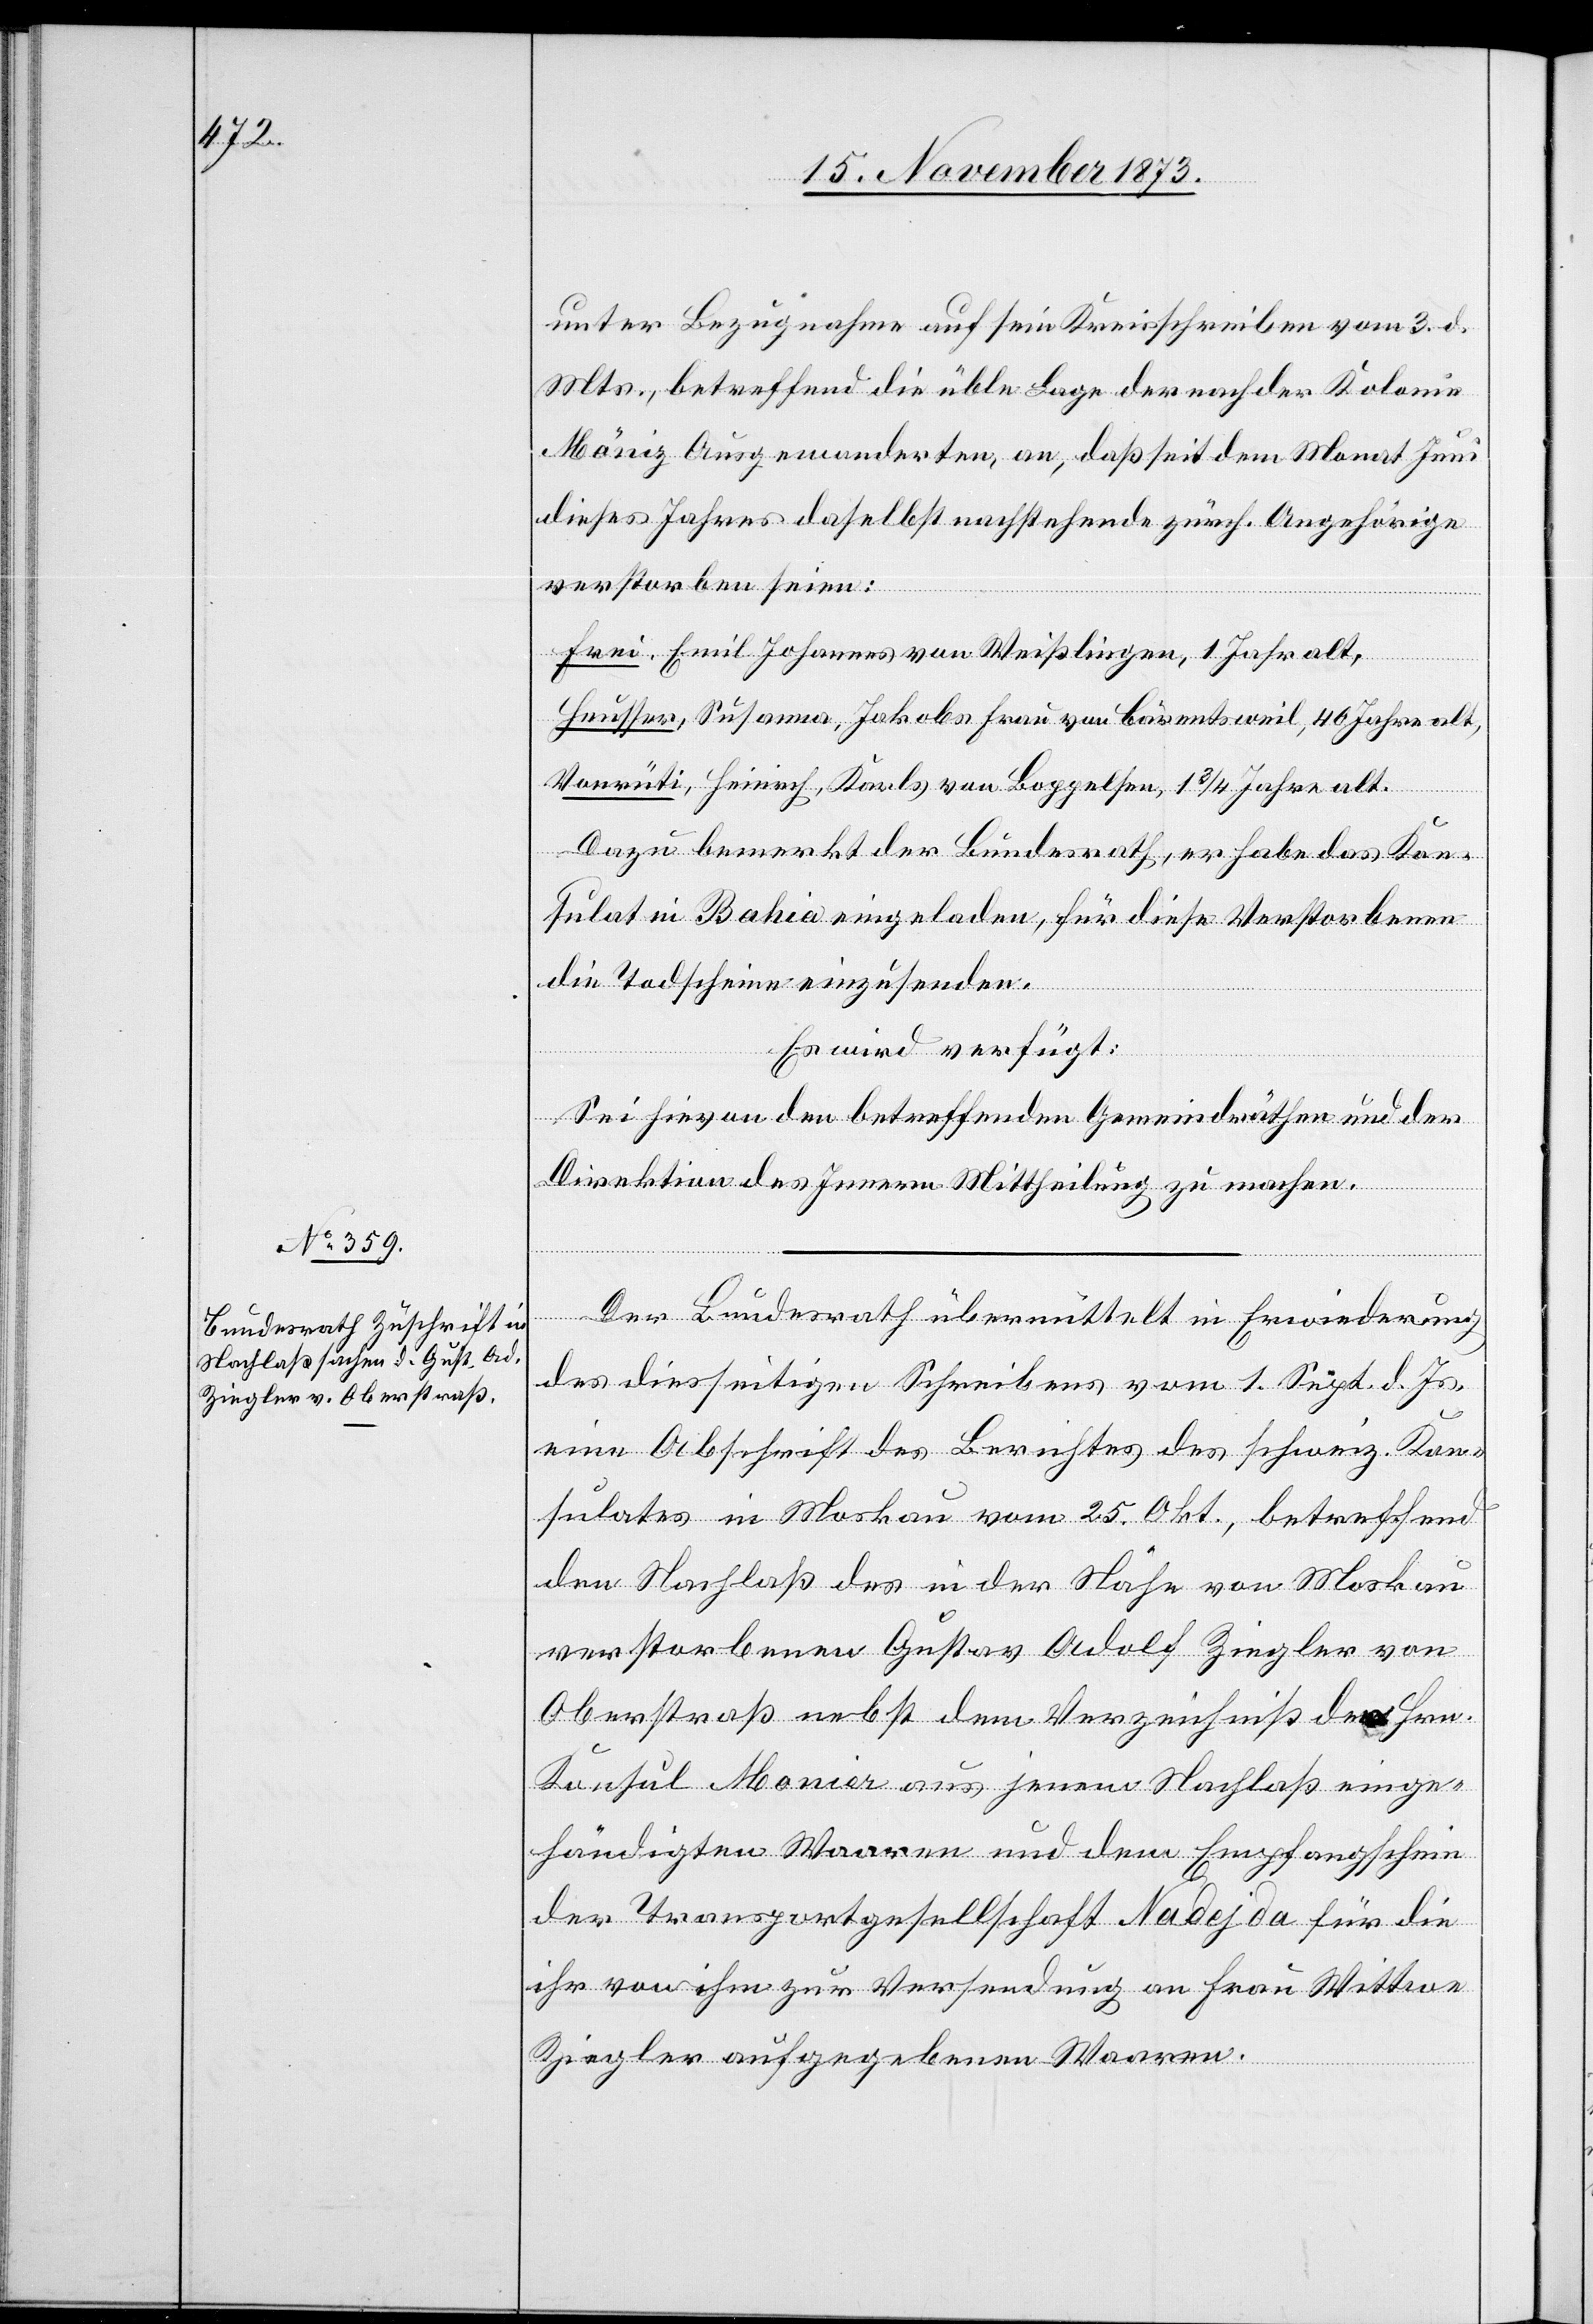
15. November 1873.]
unter Bezugnahme auf sein Kreisschreiben vom 3. d.
Mts., betreffend die üble Lage der nach der Kolonie
[sic!] Ausgewanderten, an, daß seit dem Monat Juni
dieses Jahres daselbst nachstehende zürch. Angehörige
verstorben seien:
Frei, Emil Johannes von Weißlingen, 1 Jahr alt,
Heusser, Susanna, Jakobs Frau von Bärentsweil, 46 Jahre alt,
Vonrüti, Heinrich, Karls von Boppelsen, 1 3/4 Jahre alt.
Dazu bemerkt der Bundesrath, er habe das Kon¬
sulat in Bahia eingeladen, für diese Verstorbenen
die Todscheine einzusenden.
Es wird verfügt:
Sei hievon den betreffenden Gemeindräthen und der
Direktion des Innern Mittheilung zu machen.
Der Bundesrath übermittelt in Erwiederung
des diesseitigen Schreibens vom 1. Sept. d. Js.
eine Abschrift des Berichtes des schweiz. Kon¬
sulates in Moskau vom 25. Okt., betreffend
den Nachlaß des in der Nähe von Moskau
verstorbenen Gustav Adolf Ziegler von
Oberstraß nebst dem Verzeichniß des Hrn.
Konsul Monier aus jenem Nachlaß einge¬
händigten Waaren und dem Empfangschein
der Transportgesellschaft Nadejda für die
ihr von ihm zur Versendung an Frau Wittwe
Ziegler aufgegebenen Waaren.